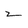
Character: z